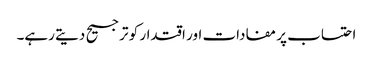
احتساب پر مفادات اور اقتدار کو ترجیح دیتے رہے۔